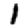
Digit: 1